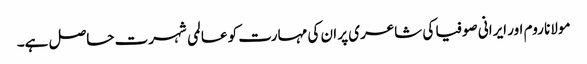
مولانا روم اور ایرانی صوفیا کی شاعری پر ان کی مہارت کو عالمی شہرت حاصل ہے۔